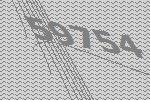
59754